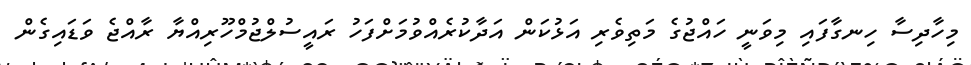
މިހާދިސާ ހިނގާފައި މިވަނީ ހައްޖުގެ މަތިވެރި އަޅުކަން އަދާކުރެއްވުމަށްފަހު ރައީސުލްޖުމްހޫރިއްޔާ ރާއްޖެ ވަޑައިގެން